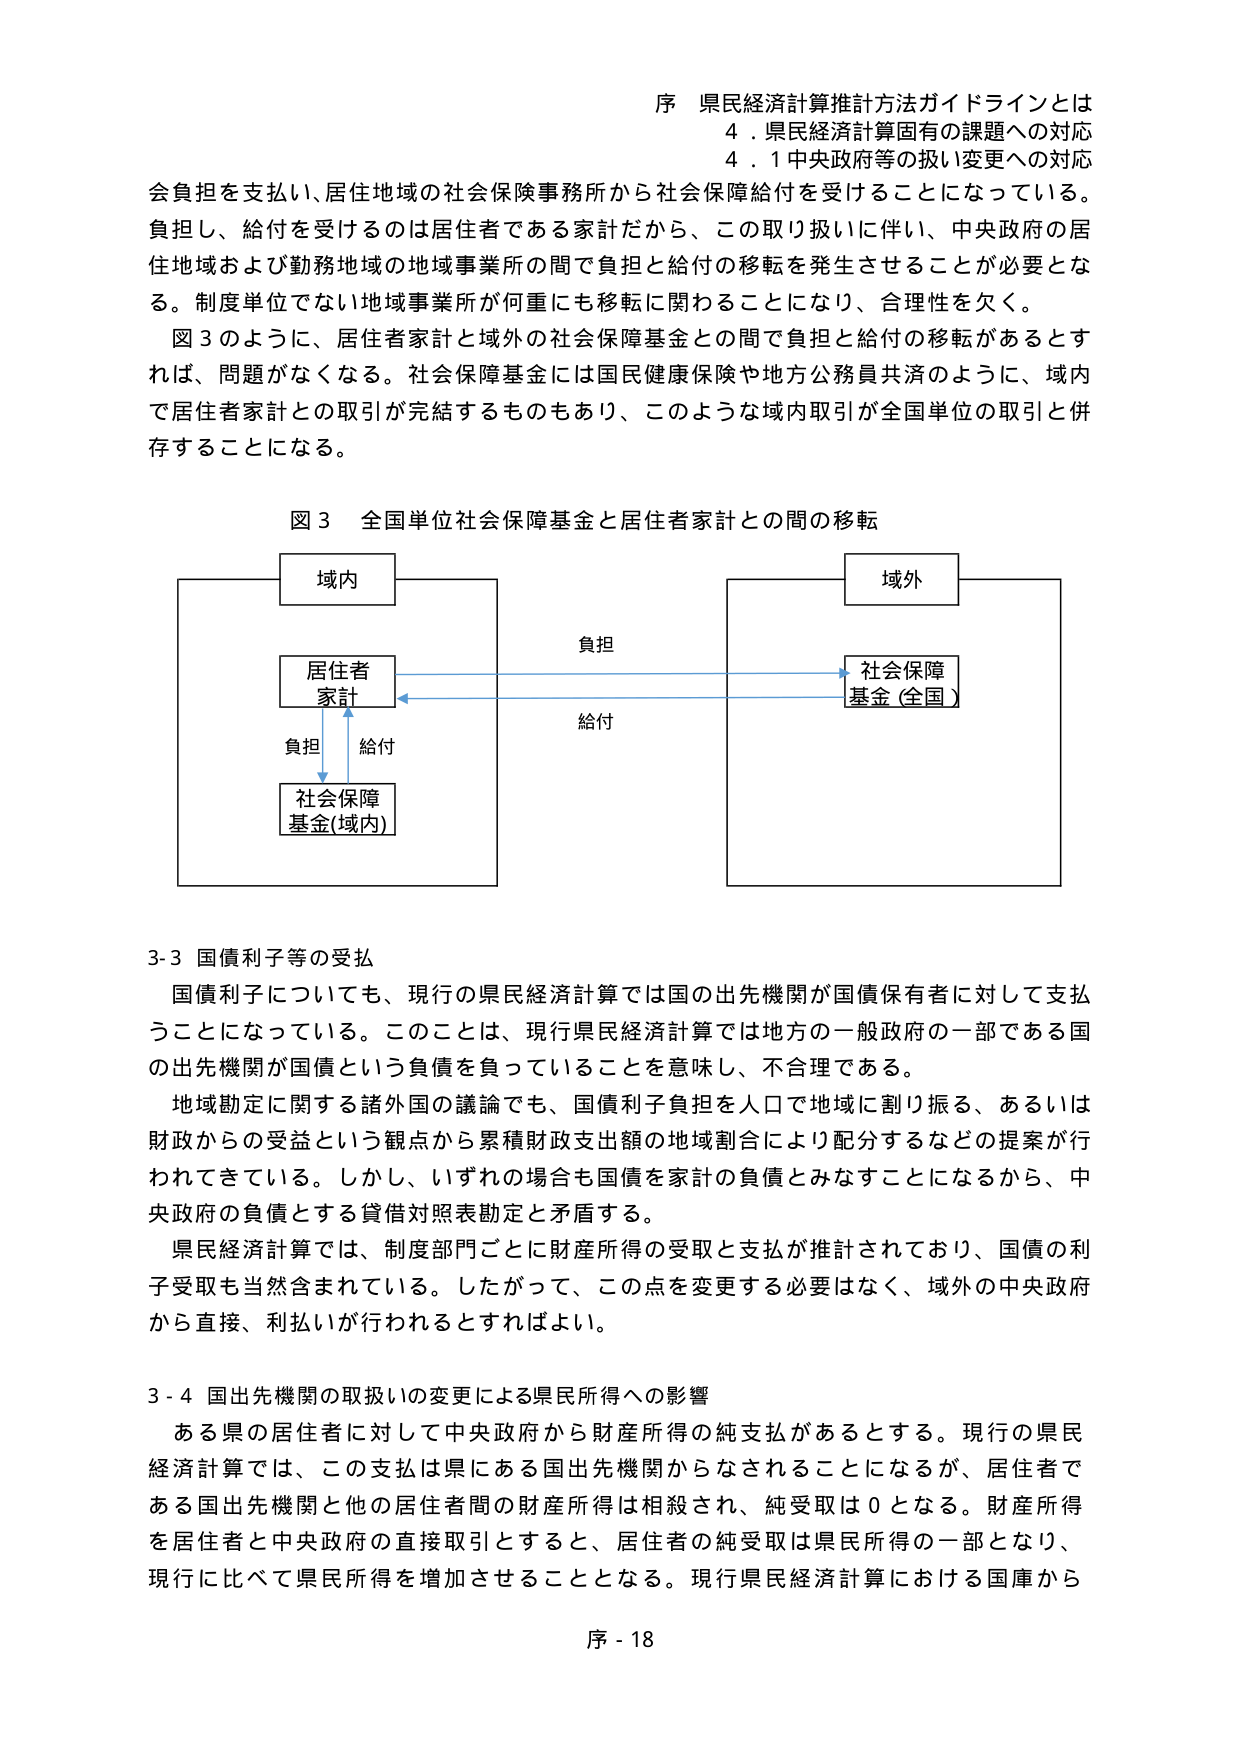
序 県民経済計算推計方法ガイドラインとは
4．県民経済計算固有の課題への対応
4．1 中央政府等の扱い変更への対応

会負担を支払い、居住地域の社会保険事務所から社会保障給付を受けることになっている。
負担し、給付を受けるのは居住者である家計だから、この取り扱いに伴い、中央政府の居住地域および勤務地域の地域事業所の間で負担と給付の移転を発生させることが必要となる。制度単位でない地域事業所が何重にも移転に関わることになり、合理性を欠く。

図3のように、居住者家計と域外の社会保障基金との間で負担と給付の移転があるとすれば、問題がなくなる。社会保障基金には国民健康保険や地方公務員共済のように、域内で居住者家計との取引が完結するものもあり、このような域内取引が全国単位の取引と併存することになる。

図3 全国単位社会保障基金と居住者家計との間の移転

域内
居住者
家計
負担
給付
社会保障
基金(域内)

負担
給付

域外
社会保障
基金(全国)

3-3 国債利子等の受払
国債利子についても、現行の県民経済計算では国の出先機関が国債保有者に対して支払うことになっている。このことは、現行県民経済計算では地方の一般政府の一部である国の出先機関が国債という負債を負っていることを意味し、不合理である。
地域勘定に関する諸外国の議論でも、国債利子負担を人口で地域に割り振る、あるいは財政からの受益という観点から累積財政支出額の地域割合により配分するなどの提案が行われてきている。しかし、いずれの場合も国債を家計の負債とみなすことになるから、中央政府の負債とする貸借対照表勘定と矛盾する。
県民経済計算では、制度部門ごとに財産所得の受取と支払が推計されており、国債の利子受取も当然含まれている。したがって、この点を変更する必要はなく、域外の中央政府から直接、利払いが行われるとすればよい。

3-4 国出先機関の取扱いの変更による県民所得への影響
ある県の居住者に対して中央政府から財産所得の純支払があるとする。現行の県民経済計算では、この支払は県にある国出先機関からなされることになるが、居住者である国出先機関と他の居住者間の財産所得は相殺され、純受取は0となる。財産所得を居住者と中央政府の直接取引とすると、居住者の純受取は県民所得の一部となり、現行に比べて県民所得を増加させることとなる。現行県民経済計算における国庫から

序 - 18